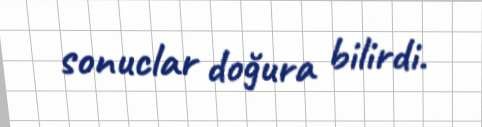
sonuclar doğura bilirdi.